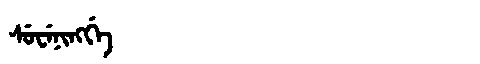
Manchu: ᠰᡠᠸᡝᠨᡳᠩᡤᡝ
Romanization: SUWENINGGE